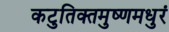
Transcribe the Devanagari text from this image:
कटुतिक्तमुष्णमधुरं